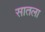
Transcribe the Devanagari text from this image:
सातला